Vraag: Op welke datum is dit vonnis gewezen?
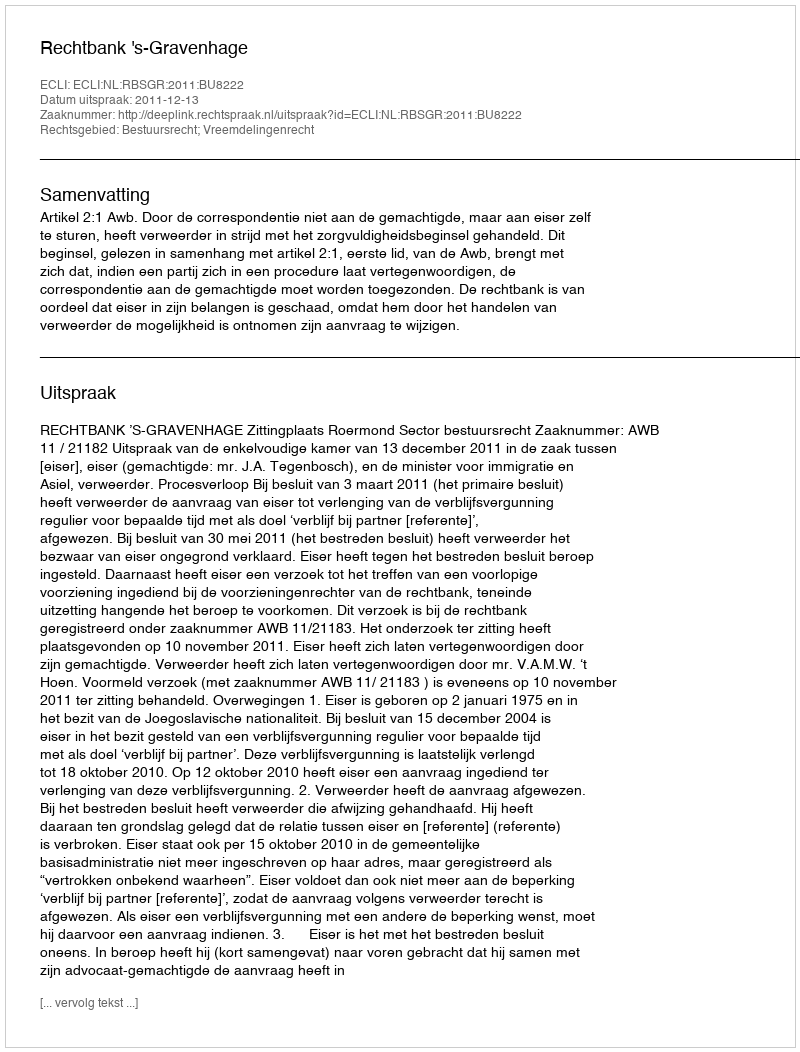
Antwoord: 2011-12-13